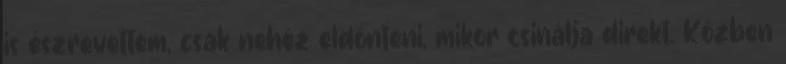
is észrevettem, csak nehéz eldönteni, mikor csinálja direkt. Közben